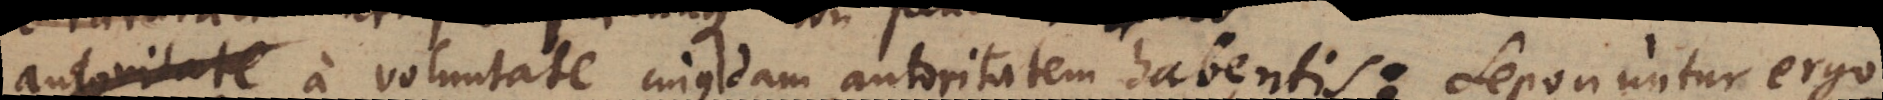
autoritate a voluntate cujusdam autoritatem habentis: Seponuntur ergo